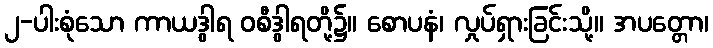
၂-ပါးစုံသော ကာယဒွါရ ဝစီဒွါရတို့၌။ စောပနံ၊ လှုပ်ရှားခြင်းသို့။ အပတ္တော၊